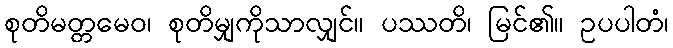
စုတိမတ္တမေဝ၊ စုတိမျှကိုသာလျှင်။ ပဿတိ၊ မြင်၏။ ဥပပါတံ၊